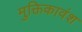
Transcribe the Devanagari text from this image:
मुक्तिकावंश